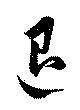
退